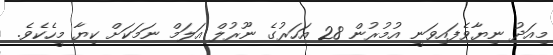
މިއަދު ނިޔާވެފައިވަނީ އުމުރުން 28 އަހަރުގެ ނޫރުލް އަލަމް ނަމަކަށް ކިޔާ މީހެކެވެ.